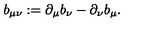
b _ { \mu \nu } : = \partial _ { \mu } b _ { \nu } - \partial _ { \nu } b _ { \mu } .